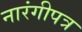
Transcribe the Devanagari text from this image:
नारंगीपत्र